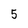
Character: 5